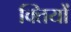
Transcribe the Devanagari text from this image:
क्तियों